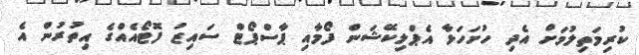
ކުރިމަތިލުމަށް އެދި ހުށަހަޅާ އެޕްލިކޭޝަން ފޯމާއި ޕާސްޕޯޓް ސައިޒު ފޮޓޯއެއްގެ އިތުރުން އެ